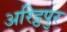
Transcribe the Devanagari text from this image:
अरिट्ठपुर